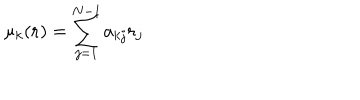
LaTeX: \mu _ { k } ( { \bf r } ) = \sum _ { j = 1 } ^ { N - 1 } a _ { k j } r _ { j }